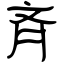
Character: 斉